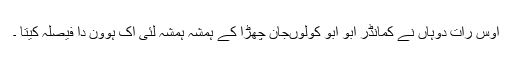
اوس رات دوہاں نے کمانڈر ابو ابو کولوںجان چھڑا کے ہمشہ ہمشہ لئی اک ہوون دا فیصلہ کیتا ۔